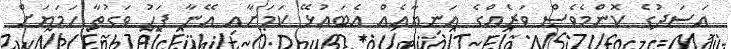
އަސަދުގެ ކޮންމެވެސް ވަރެއްގެ އަނިޔާއެއް އެބައުޅޭ ކަމަށާއި އޭނާ ފަހު ވަގުތާ ހަމަޔަށް